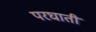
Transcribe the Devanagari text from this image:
परघाती